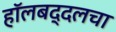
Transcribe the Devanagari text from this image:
हॉलबद्दलचा